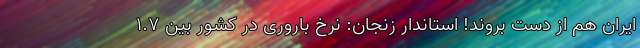
ایران هم از دست بروند! استاندار زنجان: نرخ باروری در کشور بین ۱.۷